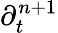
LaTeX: \partial_{t}^{n+1}